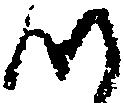
つ